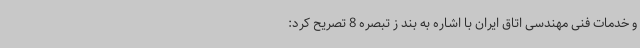
و خدمات فنی مهندسی اتاق ایران با اشاره به بند ز تبصره 8 تصریح کرد: